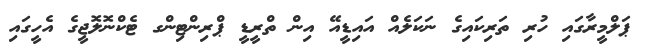
ޕަލްމީރާގައި ހުރި ތަރިކައިގެ ނަކަލެއް އައިޑީއޭ އިން ތްރީޑީ ޕްރިންޓިންގ ޓެކްނޮލޮޖީގެ އެހީގައި